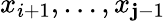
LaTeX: x_{i+1},\dots,x_{\mathbf{j}-1}